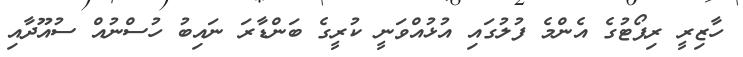
ހާޒިރީ ރިޕޯޓުގެ އެންމެ ފުލުގައި އުޅުއްވަނީ ކުރީގެ ބަންޑާރަ ނައިބު ހުސްނުއް ސުއޫދާއި